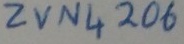
Text: ZVN4206